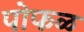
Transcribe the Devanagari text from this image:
पोफळ